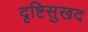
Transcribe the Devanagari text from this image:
दृष्टिसुखद